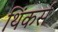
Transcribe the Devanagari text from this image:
थिंकर्स